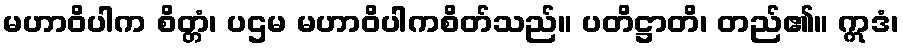
မဟာဝိပါက စိတ္တံ၊ ပဌမ မဟာဝိပါကစိတ်သည်။ ပတိဋ္ဌာတိ၊ တည်၏။ ဣဒံ၊